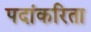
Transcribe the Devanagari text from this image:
पदांकरिता